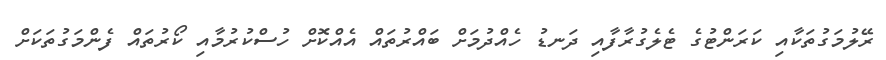
ރޭލުމަގުތަކާއި ކަރަންޓުގެ ޓެލެގުރާފާއި ދަނޑު ހެއްދުމަށް ބައްރުތައް އެއްކޮށް ހުސްކުރުމާއި ކޯރުތައް ފެންމަގުތަކަށް